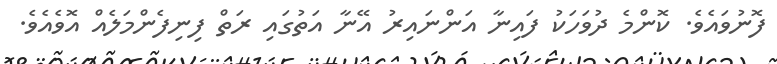
ފޮނުވައެވެ. ކޮންމެ ދުވަހަކު ފައިނާ އަންނައިރު އޭނާ އަތުގައި ރަތް ފިނިފެންމަލެއް އޮވެއެވެ.